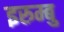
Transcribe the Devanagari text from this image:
इरुम्बु